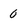
Character: 0